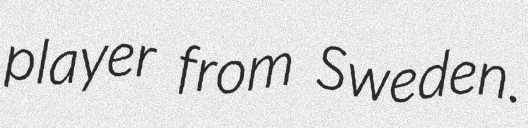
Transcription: player from Sweden.